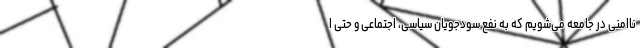
ناامنی در جامعه می‌شویم که به نفع سودجویان سیاسی، اجتماعی و حتی ا